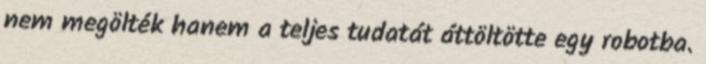
nem megölték hanem a teljes tudatát áttöltötte egy robotba.